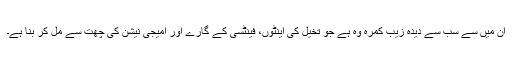
ان میں سے سب سے دیدہ زیب کمرہ وہ ہے جو تخیل کی اینٹوں، فینٹسی کے گارے اور امیجی نیشن کی چھت سے مل کر بنا ہے۔